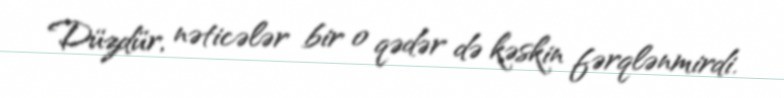
Düzdür, nəticələr bir o qədər də kəskin fərqlənmirdi.